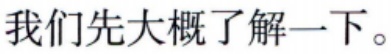
我们先大概了解一下。